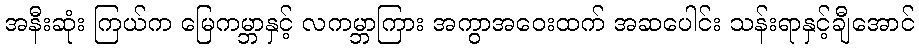
အနီးဆုံး ကြယ်က မြေကမ္ဘာနှင့် လကမ္ဘာကြား အကွာအဝေးထက် အဆပေါင်း သန်းရာနှင့်ချီအောင်